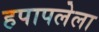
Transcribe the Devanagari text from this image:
हपापलेला